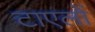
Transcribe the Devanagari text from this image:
टाएलों